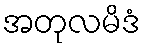
အတုလမိဒံ